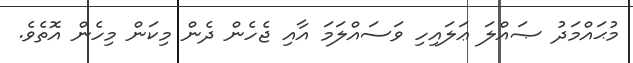
މުޙައްމަދު ޞައްލަ ޢަލައިހި ވަސައްލަމަ އާއި ޖެހެން ދެން މިކަން މިހެން އޮތެވެ.